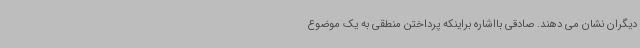
دیگران نشان می دهند. صادقی بااشاره براینکه پرداختن منطقی به یک موضوع